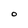
Character: O